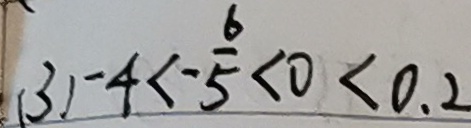
( 3 ) - 4 < - \frac { 6 } { 5 } < 0 < 0 . 2